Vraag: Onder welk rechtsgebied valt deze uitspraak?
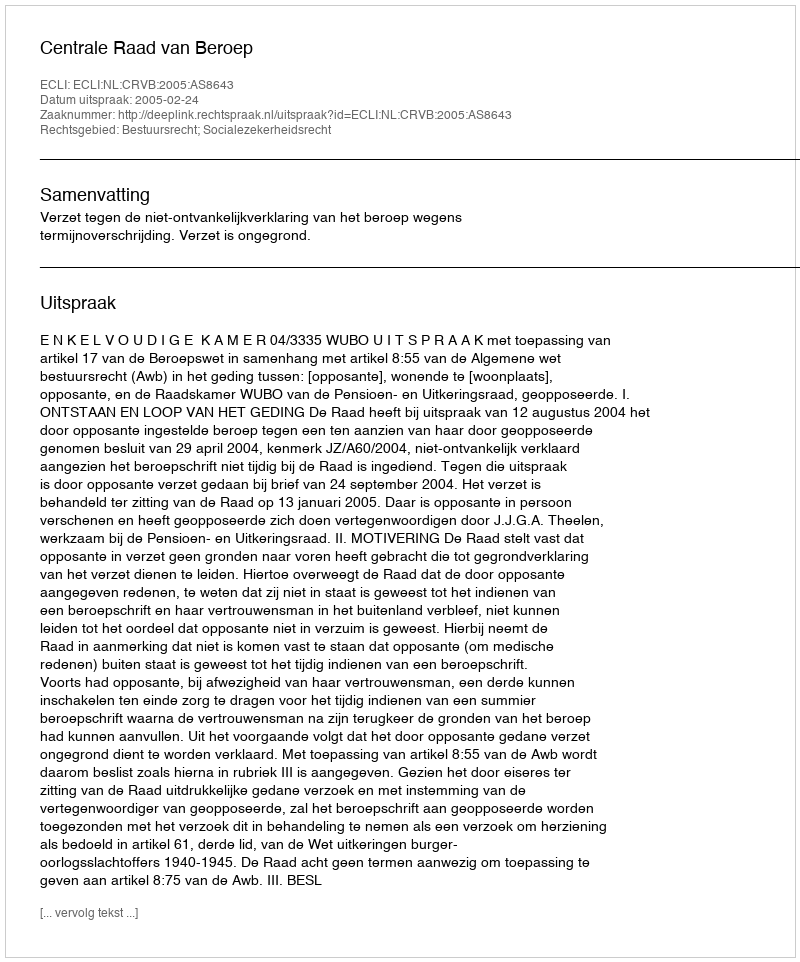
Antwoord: Bestuursrecht; Socialezekerheidsrecht